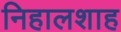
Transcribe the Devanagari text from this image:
निहालशाह